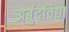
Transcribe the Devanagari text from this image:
अर्बुदविद्या